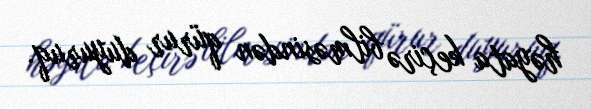
həyata keçirə bilməsindən qürur duyuruq.